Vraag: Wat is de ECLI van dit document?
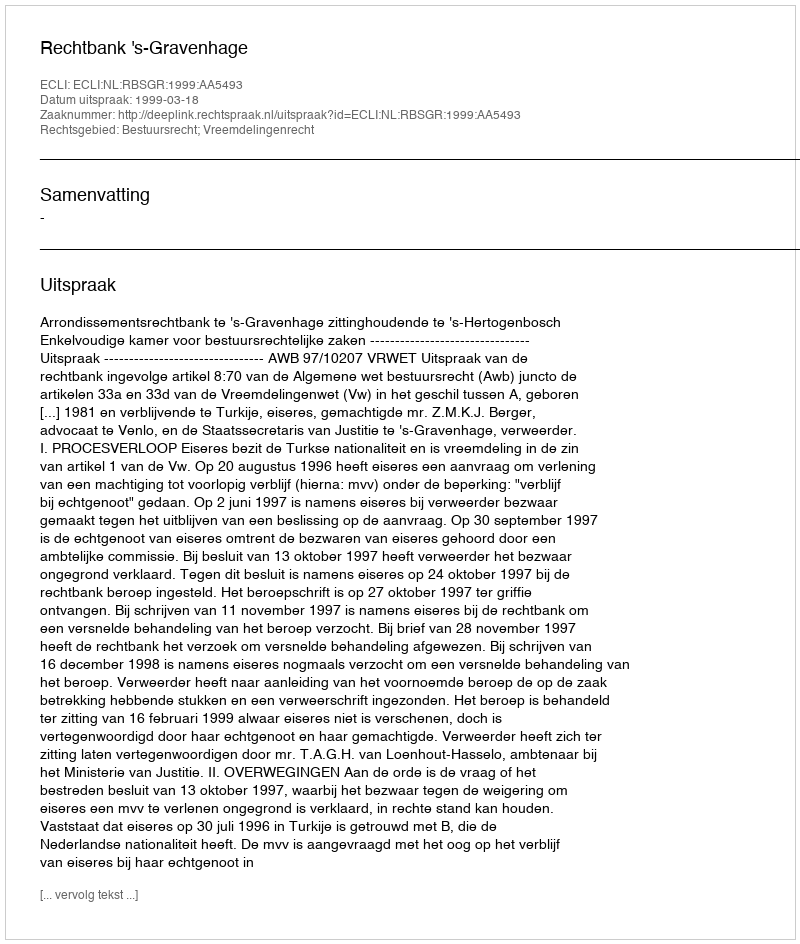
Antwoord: ECLI:NL:RBSGR:1999:AA5493